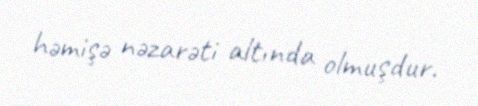
həmişə nəzarəti altında olmuşdur.